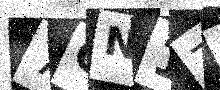
Text: 7GN1Z9